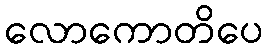
လောကောတိပေ